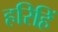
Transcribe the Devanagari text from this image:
हरिहिं